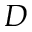
D